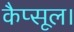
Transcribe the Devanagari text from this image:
कैप्सूल।